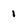
Character: 1